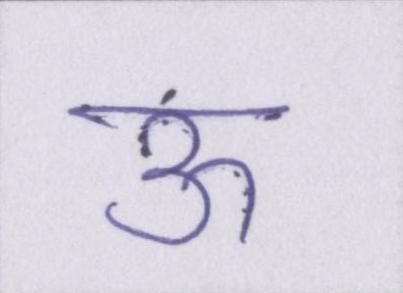
ऊ